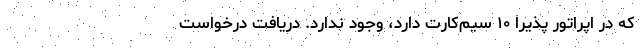
که در اپراتور پذیرا ۱۰ سیم‌کارت دارد، وجود ندارد. دریافت درخواست